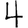
Digit: 4